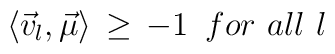
\langle {\vec v}_l, {\vec \mu} \rangle \, \geq \,-1 \,\,\, for \,\,all\,\,l